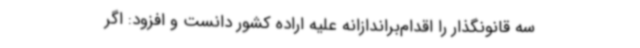
سه قانونگذار را اقدام‌براندازانه علیه اراده کشور دانست و افزود: اگر